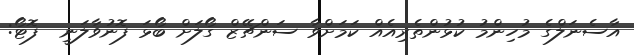
އާސެނަލްގެ މުހިންމު ކުޅުންތެރިއެއް ކަމަށްވާ ސަންޗޭޒް ގޯލަށް ބޯޅަ ފޮނުވާލަނީ  ފޮޓޯ: